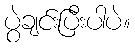
ပွဲချင်းပြီးပါပဲ။